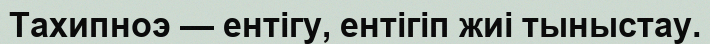
Тахипноэ — ентігу, ентігіп жиі тыныстау.